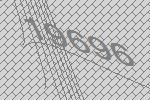
19696